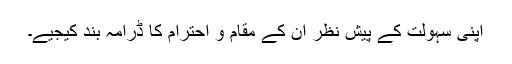
اپنی سہولت کے پیش نظر ان کے مقام و احترام کا ڈرامہ بند کیجیے۔